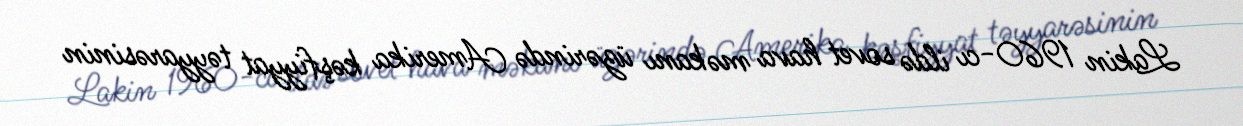
Lakin 1960-cı ildə sovet hava məkanı üzərində Amerika kəşfiyyat təyyarəsinin